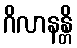
ဂိလာနန္တိ